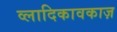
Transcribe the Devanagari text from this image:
व्लादिकावकाज़